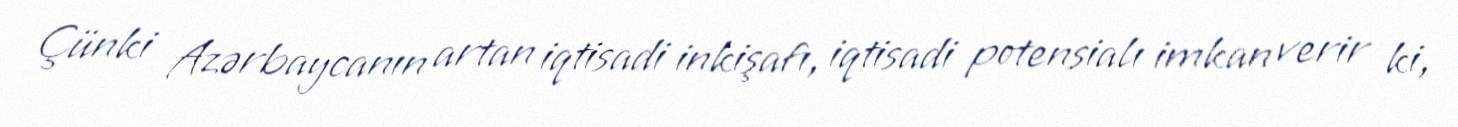
Çünki Azərbaycanın artan iqtisadi inkişafı, iqtisadi potensialı imkan verir ki,